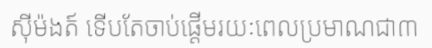
ស៊ីម៉ងត៍ ទើបតែចាប់ផ្តើមរយៈពេលប្រមាណជា៣